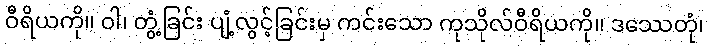
ဝီရိယကို။ ဝါ၊ တွံ့ခြင်း ပျံ့လွင့်ခြင်းမှ ကင်းသော ကုသိုလ်ဝီရိယကို။ ဒဿေတုံ၊